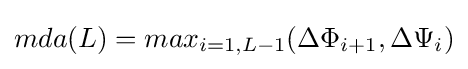
mda(L)=max_{i=1,L-1}(\Delta \Phi _{i+1},\Delta \Psi _{i})